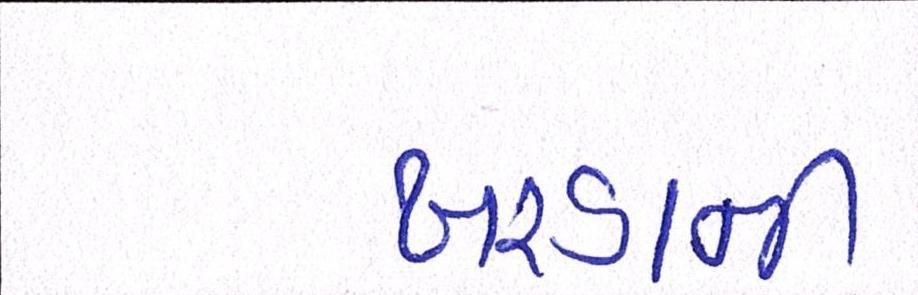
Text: ખરડાની